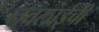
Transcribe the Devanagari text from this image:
नवलाईची